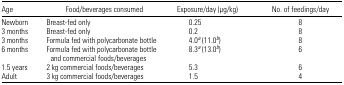
<table><thead><tr><td><b>Age</b></td><td><b>Food/beverages consumed</b></td><td><b>Exposure/day (μg/kg)</b></td><td><b>No. of feedings/day</b></td></tr></thead><tbody><tr><td>Newborn</td><td>Breast-fed only</td><td>0.25</td><td>8</td></tr><tr><td>3 months</td><td>Breast-fed only</td><td>0.2</td><td>8</td></tr><tr><td>3 months</td><td>Formula fed with polycarbonate bottle</td><td>4.0a (11.0b)</td><td>8</td></tr><tr><td>6 months</td><td>Formula fed with polycarbonate bottle and commercial foods/beverages</td><td>8.3a (13.0b)</td><td>6</td></tr><tr><td>1.5 years</td><td>2 kg commercial foods/beverages</td><td>5.3</td><td>6</td></tr><tr><td>Adult</td><td>3 kg commercial foods/beverages</td><td>1.5</td><td>4</td></tr></tbody></table>